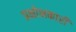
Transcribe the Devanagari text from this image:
प्रक्षोभकारी